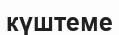
күштеме